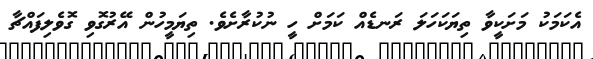
އެކަމަކު މަށަކީވާ ތިޔަކަހަލަ ރަނޑެއް ކަމަށް ހީ ނުކުރާށެވެ. ތިޔަމީހުން އޭރުގޮވި ގޮވެލިފައްޗާ